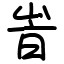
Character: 峕